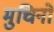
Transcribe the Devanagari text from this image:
मुचिनो